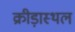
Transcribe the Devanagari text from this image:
क्रीड़ास्‍थल